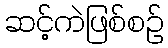
ဆင့်ကဲဖြစ်စဉ်